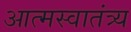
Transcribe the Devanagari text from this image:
आत्मस्वातंत्र्य